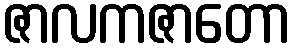
ဇာလကဇာတော